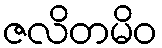
ဇလိတမိဝ